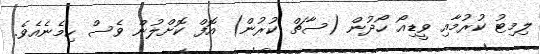
ލިމިޓު ކުރުމާއި ވީޑިއޯ ހޯދުން (ސާޗް ކުރުން) އޮފް ކޮށްލުން ވެސް ހިމެނެއެވެ.